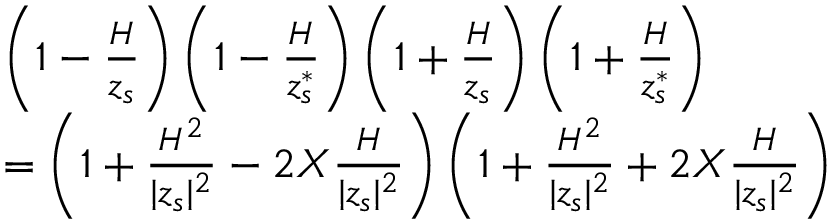
\begin{array} { l } { \left( 1 - \frac { { \cal H } } { z _ { s } } \right) \left( 1 - \frac { { \cal H } } { z _ { s } ^ { * } } \right) \left( 1 + \frac { { \cal H } } { z _ { s } } \right) \left( 1 + \frac { { \cal H } } { z _ { s } ^ { * } } \right) } \\ { = \left( 1 + \frac { { \cal H } ^ { 2 } } { | z _ { s } | ^ { 2 } } - 2 X \frac { { \cal H } } { | z _ { s } | ^ { 2 } } \right) \left( 1 + \frac { { \cal H } ^ { 2 } } { | z _ { s } | ^ { 2 } } + 2 X \frac { { \cal H } } { | z _ { s } | ^ { 2 } } \right) } \end{array}